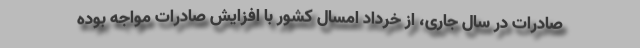
صادرات در سال جاری، از خرداد امسال کشور با افزایش صادرات مواجه بوده